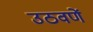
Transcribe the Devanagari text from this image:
उठवणें